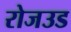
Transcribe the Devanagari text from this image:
रोजउड